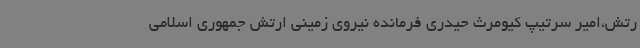
رتش،امیر سرتیپ کیومرث حیدری فرمانده نیروی زمینی ارتش جمهوری اسلامی